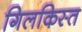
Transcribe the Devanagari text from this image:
गिलकिस्त